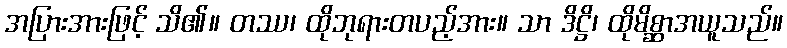
အပြားအားဖြင့် သိ၏။ တဿ၊ ထိုဘုရားတပည့်အား။ သာ ဒိဋ္ဌိ၊ ထိုမိစ္ဆာအယူသည်။